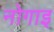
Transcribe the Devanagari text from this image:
नोगाइ